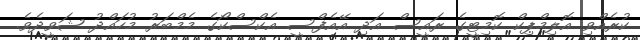
ކުރެއްވި އޮލިމްޕިކް ކޮމިޓީގެ ރައީސް އަދި އޭއެފްސީ އެކްސްކޯގެ މެމްބަރު މުހައްދު ޝަވީދެވެ.